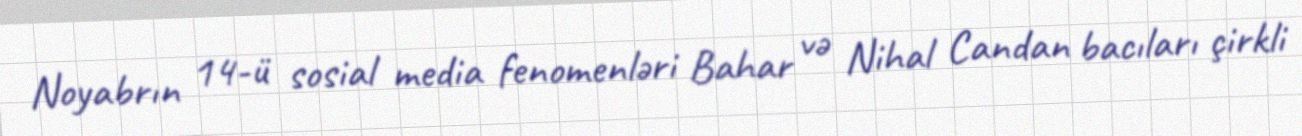
Noyabrın 14-ü sosial media fenomenləri Bahar və Nihal Candan bacıları çirkli